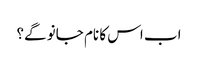
اب اس کا نام جانو گے؟